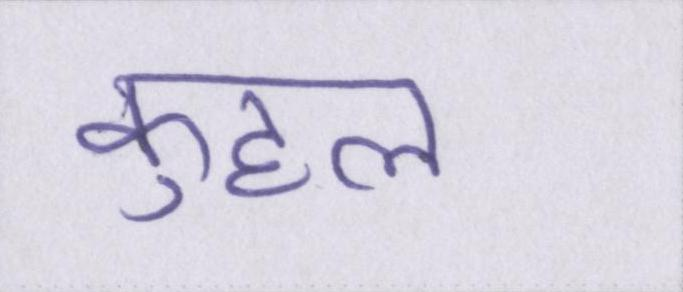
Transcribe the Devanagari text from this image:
कुहल